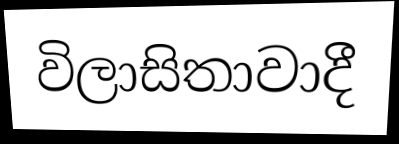
විලාසිතාවාදී